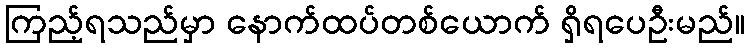
ကြည့်ရသည်မှာ နောက်ထပ်တစ်ယောက် ရှိရပေဦးမည်။